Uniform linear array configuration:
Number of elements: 48
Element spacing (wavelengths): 0.5
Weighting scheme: exponential
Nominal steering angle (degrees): -15
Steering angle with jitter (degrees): -14.594
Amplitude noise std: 0.05
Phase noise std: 0.05

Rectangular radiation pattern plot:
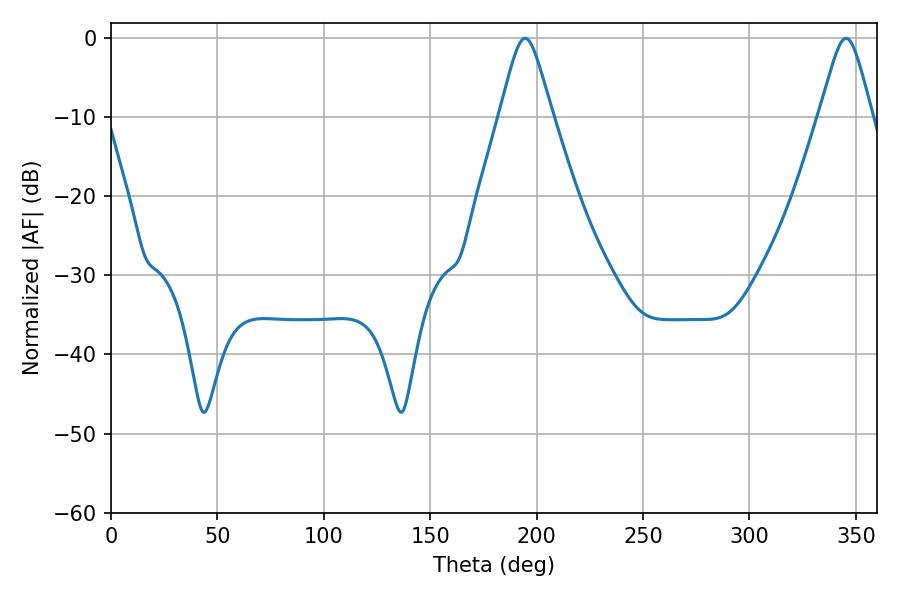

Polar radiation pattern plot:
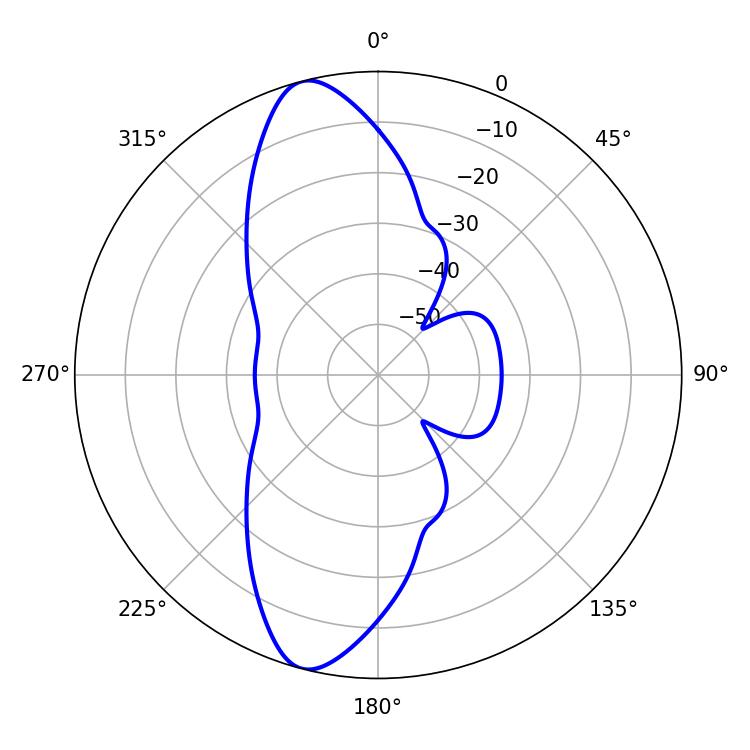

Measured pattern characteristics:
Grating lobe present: FALSE
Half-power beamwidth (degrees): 11.7
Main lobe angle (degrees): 194.58